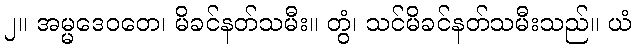
၂။ အမ္မဒေဝတေ၊ မိခင်နတ်သမီး။ တွံ၊ သင်မိခင်နတ်သမီးသည်။ ယံ